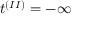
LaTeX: t ^ { ( I I ) } = - \infty